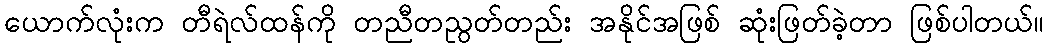
ယောက်လုံးက တီရဲလ်ထန်ကို တညီတညွတ်တည်း အနိုင်အဖြစ် ဆုံးဖြတ်ခဲ့တာ ဖြစ်ပါတယ်။